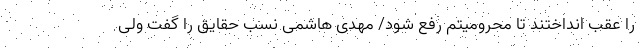
را عقب انداختند تا محرومیتم رفع شود/ مهدی هاشمی نسب حقایق را گفت ولی